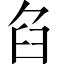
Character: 臽